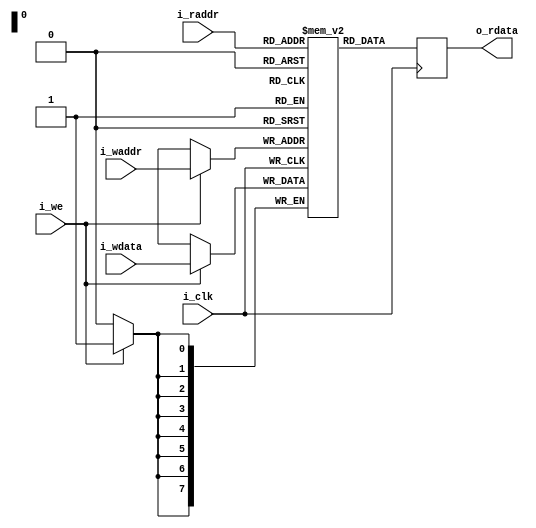
module mem (
  input            i_clk,
  input      [7:0] i_raddr,
  output reg [7:0] o_rdata,
  input      [7:0] i_waddr,
  input      [7:0] i_wdata,
  input            i_we
);
  
  // 256 byte memory
  reg [7:0] ram [0:255];
  
  initial begin
    ram[  0] <= 8'h0d; // 0x00
    ram[  1] <= 8'h0f; // 0x01
    ram[  2] <= 8'h03; // 0x02
    ram[  3] <= 8'h0f; // 0x03
    ram[  4] <= 8'h0e; // 0x04
    ram[  5] <= 8'h06; // 0x05
    ram[  6] <= 8'h0f; // 0x06
    ram[  7] <= 8'h0f; // 0x07
    ram[  8] <= 8'h06; // 0x08
    ram[  9] <= 8'h00; // 0x09
    ram[ 10] <= 8'h00; // 0x0a
    ram[ 11] <= 8'h00; // 0x0b
    ram[ 12] <= 8'h00; // 0x0c
    ram[ 13] <= 8'h02; // 0x0d
    ram[ 14] <= 8'h03; // 0x0e
    ram[ 15] <= 8'h00; // 0x0f
  end
  
  // write process
  always @(posedge i_clk) begin
    if (i_we) begin
      ram[i_waddr] <= i_wdata;
    end
  end
  
  // read process
  always @(posedge i_clk) begin
    o_rdata <= ram[i_raddr];
  end
  
endmodule